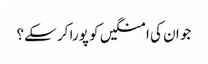
جو ان کی امنگیں کو پورا کر سکے؟